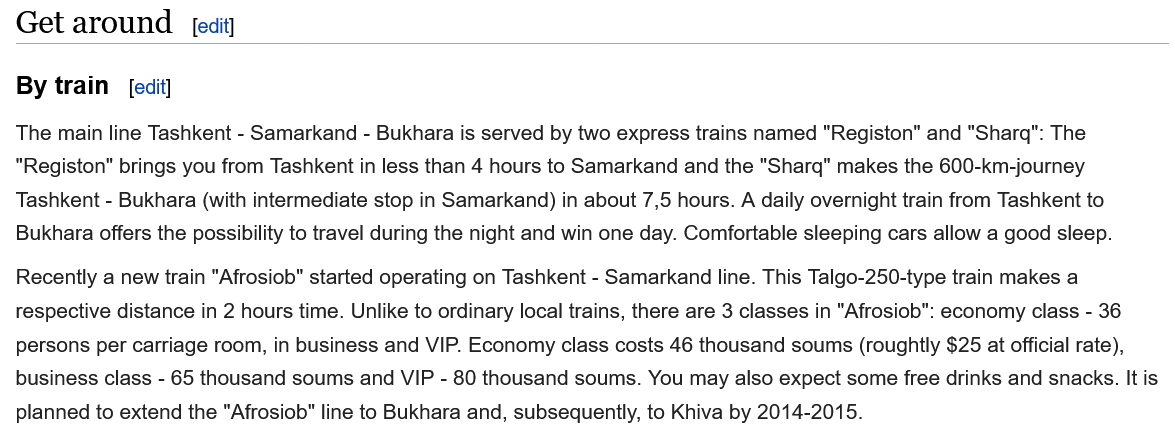
By train
  The main line Tashkent
     -
     Samarkand
     -
     Bukhara is served by two express trains named "Registon" and "Sharq": The
  "Registon" brings you from Tashkent in less than 4 hours to Samarkand and the "Sharq" makes the 600-km-journey
  Tashkent
     -
     Bukhara (with intermediate stop in Samarkand) in about 7,5 hours. A daily overnight train from Tashkent to
  Bukhara offers the possibility to travel during the night and win one day. Comfortable sleeping cars allow a good sleep.
  Recently a new train "Afrosiob" started operating on Tashkent
     -
     Samarkand line. This Talgo-250-type train makes a
  respective distance in 2 hours time. Unlike to ordinary local trains, there are 3 classes in "Afrosiob": economy class -
     36
  persons per carriage room, in business and VIP. Economy class costs 46 thousand soums (roughtly $25 at official rate),
  business class
     -
     65 thousand soums and VIP
     -
     80 thousand soums. You may also expect some free drinks and snacks. It
  planned to extend the "Afrosiob" line to Bukhara and, subsequently, to Khiva by 2014-2015.
  Get  around    [edit]
     fedit]